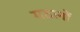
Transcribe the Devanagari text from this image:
गठानों